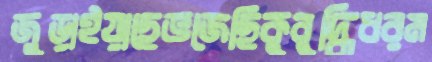
জুড়াইয়াছেভজেছিকুবুদ্ধিধরম